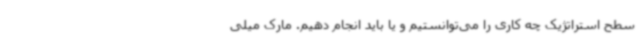
سطح استراتژیک چه کاری را می‌توانستیم و یا باید انجام دهیم. مارک میلی